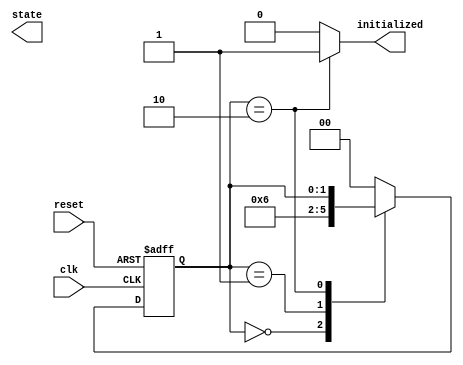
module ClockCycleInitialization (
    input wire clk,          // Clock signal
    input wire reset,        // Asynchronous reset signal
    output reg initialized,  // Initialization completed signal
    output reg [1:0] state   // Current state of the system
);

    // State encoding
    localparam IDLE        = 2'b00;
    localparam INITIALIZING = 2'b01;
    localparam READY       = 2'b10;

    // Internal state variable
    reg [1:0] current_state, next_state;

    // Sequential logic for state transition
    always @(posedge clk or posedge reset) begin
        if (reset) begin
            current_state <= IDLE; // Go to IDLE state on reset
        end else begin
            current_state <= next_state; // Transition to next state
        end
    end

    // Combinational logic for next state and output logic
    always @(*) begin
        // Default values
        next_state = current_state;
        initialized = 0; // Default initialized signal to low

        case (current_state)
            IDLE: begin
                next_state = INITIALIZING; // Transition to INITIALIZING
            end
            
            INITIALIZING: begin
                // Perform initialization tasks here
                // For example, setting up registers and outputs
                // After initialization is done:
                next_state = READY; // Transition to READY
            end
            
            READY: begin
                initialized = 1; // Assert initialized signal
                // Remain in READY state
            end
            
            default: begin
                next_state = IDLE; // Fallback to IDLE state
            end
        endcase
    end

endmodule